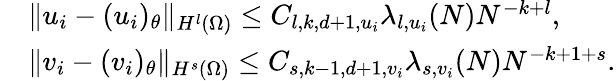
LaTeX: \begin{array}{rl}&{\| u_{i}-(u_{i})_{\theta}\| _{H^{l}(\Omega)}\leq C_{l,k,d+1,u_{i}}\lambda_{l,u_{i}}(N)N^{-k+l},}\\ &{\| v_{i}-(v_{i})_{\theta}\| _{H^{s}(\Omega)}\leq C_{s,k-1,d+1,v_{i}}\lambda_{s,v_{i}}(N)N^{-k+1+s}.}\end{array}